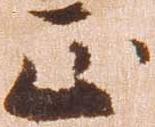
正